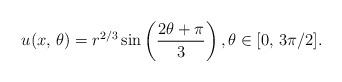
LaTeX: \begin{align*}u(x,\,\theta)=r^{2/3}\sin \left(\dfrac{2\theta+\pi}{3} \right), \theta \in [0, \, 3\pi/2].\end{align*}